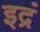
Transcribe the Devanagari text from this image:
इद्रं